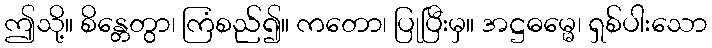
ဤသို့။ စိန္တေတွာ၊ ကြံစည်၍။ ကတော၊ ပြုပြီးမှ။ အဋ္ဌဓမ္မေ၊ ရှစ်ပါးသော